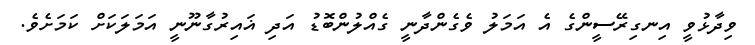
ވިދާޅުވީ އިނގިރޭސީންގެ އެ އަމަލު ވެގެންދާނީ ގެއްލުންބޮޑު އަދި ޣައިރުގާނޫނީ އަމަލަކަށް ކަމަށެވެ.